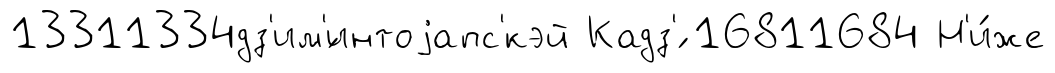
13311334дз'им'́интоjапс'кэй Кадз'́ 16811684 Н'и́же